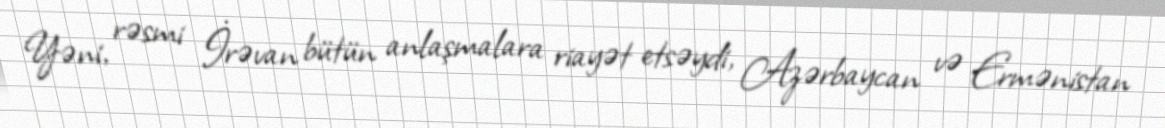
Yəni, rəsmi İrəvan bütün anlaşmalara riayət etsəydi, Azərbaycan və Ermənistan